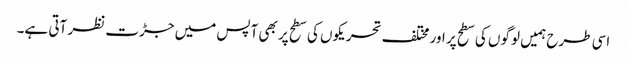
اسی طرح ہمیں لوگوں کی سطح پر اور مختلف تحریکوں کی سطح پر بھی آپس میں جڑت نظر آتی ہے۔